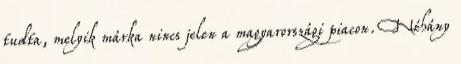
tudta, melyik márka nincs jelen a magyarországi piacon. Néhány